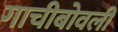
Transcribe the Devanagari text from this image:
गाचीबोवली